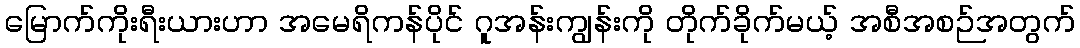
မြောက်ကိုးရီးယားဟာ အမေရိကန်ပိုင် ဂူအန်းကျွန်းကို တိုက်ခိုက်မယ့် အစီအစဉ်အတွက်